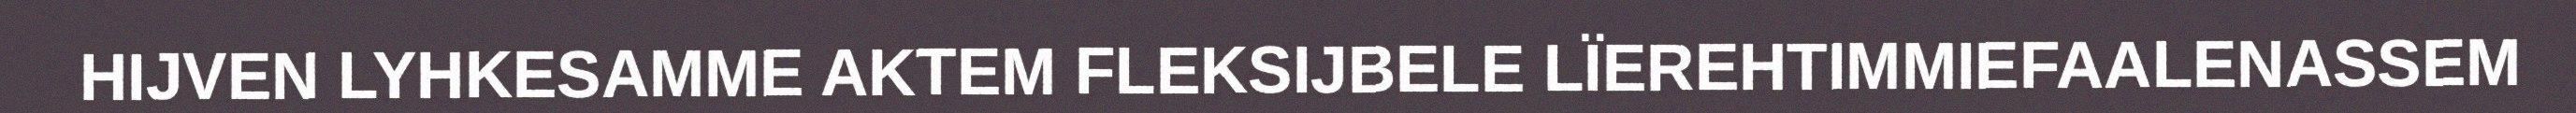
HIJVEN LYHKESAMME AKTEM FLEKSIJBELE LÏEREHTIMMIEFAALENASSEM